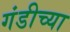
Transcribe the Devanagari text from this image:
गंडीच्या